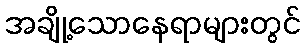
အချို့သောနေရာများတွင်